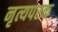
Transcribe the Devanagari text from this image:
नृत्यपरक